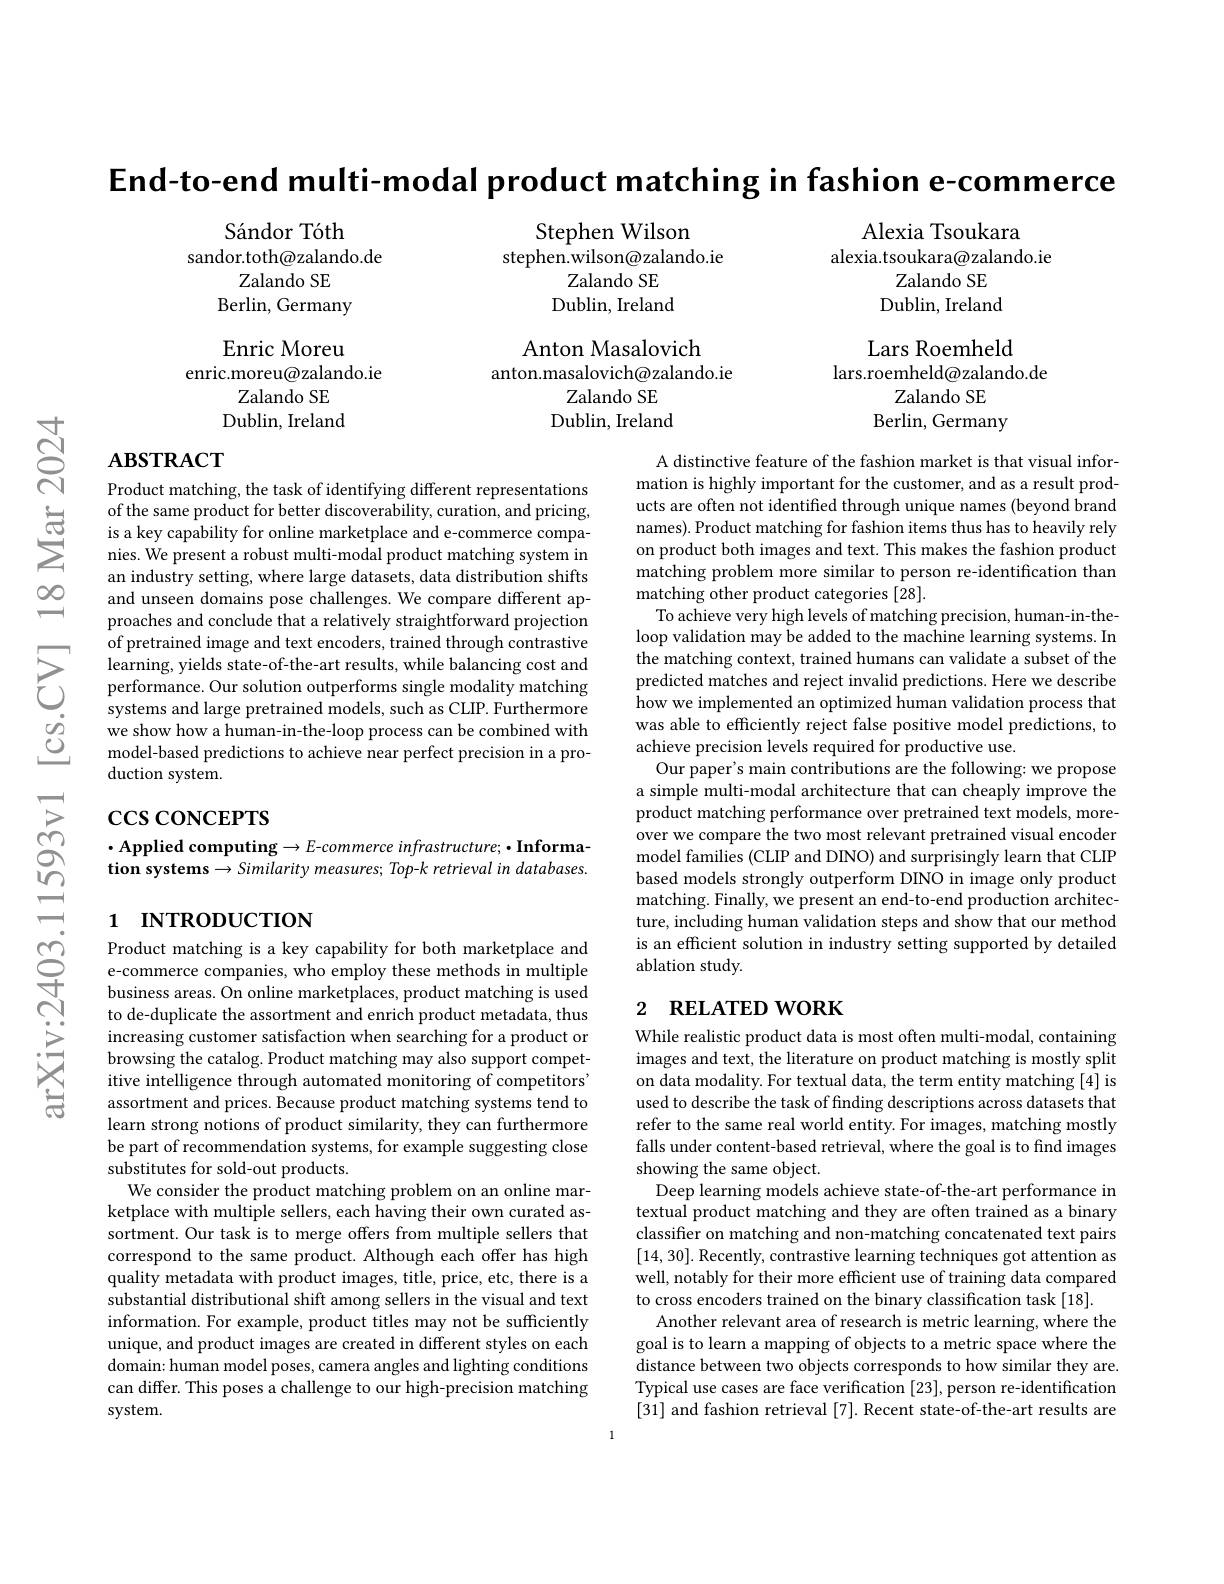
$ন্ল$

$ഇ$

End-to-end multi-modal product matching in fashion e-commerce

Sándor Tóth
sandor.toth@zalando.de
Zalando SE
Berlin, Germany

Stephen Wilson
stephen.wilson@zalando.ie
Zalando SE Dublin, Ireland

Alexia Tsoukara
alexia.tsoukara@zalando.ie
Zalando SE Dublin, Ireland

Enric Moreu
enric.moreu@zalando.ie
Zalando SE Dublin, Ireland

Anton Masalovich
anton.masalovich@zalando.ie
Zalando SE Dublin, Ireland

Lars Roemheld
lars.roemheld@zalando.de
Zalando SE
Berlin, Germany

# $ABSTRACT$

Product matching, the task of identifying different representations
of the same product for better discoverability, curation, and pricing, $\text{ is a key capability for online marketplace and e- commerce compa- \text{nies. We present a robust multi- modal product matching system in} {aligned}}$
an industry setting, where large datasets, data distribution shifts and unseen domains pose challenges. We compare different approaches and conclude that a relatively straightforward projection of pretrained image and text encoders, trained through contrastive
systems and large pretrained models, such as CLIP. Furthermore $\textcircled {2}$we show how a human- in- the- loop process can be combined with model- based predictions to achieve near perfect precision in a pro-
duction system.

A distinctive feature of the fashion market is that visual information is highly important for the customer, and as a result products are often not identified through unique names (beyond brand names). Product matching for fashion items thus has to heavily rely on product both images and text. This makes the fashion product matching problem more similar to person re-identification than matching other product categories [28].
To achieve very high levels of matching precision, human-in-theloop validation may be added to the machine learning systems. In was able to efficiently reject false positive model predictions, to achieve precision levels required for productive use.
Our paper's main contributions are the following: we propose a simple multi-modal architecture that can cheaply improve the product matching performance over pretrained text models, moreover we compare the two most relevant pretrained visual encoder model families (CLIP and DINO) and surprisingly learn that CLIP based models strongly outperform DINO in image only product matching. Finally, we present an end-to-end production architecture, including human validation steps and show that our method is an efficient solution in industry setting supported by detailed ablation study.

$\csc\csc$coNCEPTS

$\bullet$Applied computing$\to E$-commerce infrastructure;$\bullet \textbf{Informa- }$Applied computing$\to E$-commerce infrastructure;$\bullet \textbf{Informa- }$ tion systems $\to Similarity$ measures; Top-k retrieval in databases.

# 1 INTRODUCTION

## 2 RELATED WORK

Product matching is a key capability for both marketplace and e-commerce companies, who employ these methods in multiple business areas. On online marketplaces, product matching is used to de-duplicate the assortment and enrich product metadata, thus increasing customer satisfaction when searching for a product or browsing the catalog. Product matching may also support competitive intelligence through automated monitoring of competitors' assortment and prices. Because product matching systems tend to learn strong notions of product similarity, they can furthermore be part of recommendation systems, for example suggesting close substitutes for sold-out products.
We consider the product matching problem on an online marketplace with multiple sellers, each having their own curated assortment. Our task is to merge offers from multiple sellers that correspond to the same product. Although each offer has high quality metadata with product images, title, price, etc, there is a substantial distributional shift among sellers in the visual and text information. For example, product titles may not be sufficiently unique, and product images are created in different styles on each domain: human model poses, camera angles and lighting conditions can differ. This poses a challenge to our high-precision matching system.

While realistic product data is most often multi-modal, containing images and text, the literature on product matching is mostly split on data modality. For textual data, the term entity matching [4] is used to describe the task of finding descriptions across datasets that refer to the same real world entity. For images, matching mostly falls under content-based retrieval, where the goal is to find images showing the same object.
Deep learning models achieve state-of-the-art performance in textual product matching and they are often trained as a binary classifier on matching and non-matching concatenated text pairs [14,30]. Recently, contrastive learning techniques got attention as well, notably for their more efficient use of training data compared to cross encoders trained on the binary classification task [18].
Another relevant area of research is metric learning, where the goal is to learn a mapping of objects to a metric space where the distance between two objects corresponds to how similar they are. Typical use cases are face verification [23], person re-identification [31] and fashion retrieval [7]. Recent state-of-the-art results are